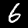
Label: 6